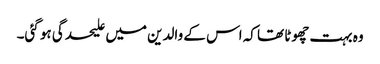
وہ بہت چھوٹا تھا کہ اس کے والدین میں علیحدگی ہو گئی۔